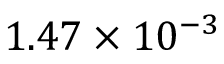
1 . 4 7 \times 1 0 ^ { - 3 }